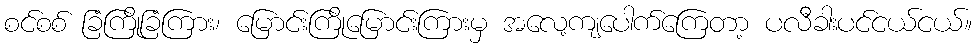
စင်စစ် ခြံကြိုခြံကြား၊ မြောင်းကြိုမြောင်းကြားမှ အလေ့ကျပေါက်ကြေတာ့ ပလီခါးပင်ငယ်ငယ်။